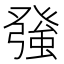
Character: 𭽅